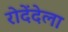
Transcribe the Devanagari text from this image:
रोदेंदेला